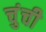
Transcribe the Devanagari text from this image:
चुंची